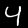
Digit: 4